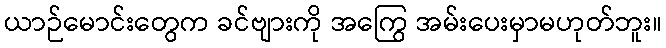
ယာဉ်မောင်းတွေက ခင်ဗျားကို အကြွေ အမ်းပေးမှာမဟုတ်ဘူး။